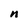
Character: n